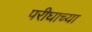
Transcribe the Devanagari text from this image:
परीघाच्या